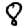
Digit: 8